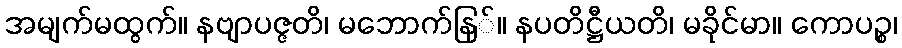
အမျက်မထွက်။ နဗျာပဇ္ဇတိ၊ မဘောက်နြ်။ နပတိဋ္ဌီယတိ၊ မခိုင်မာ။ ကောပဉ္စ၊